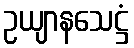
ဥယျာနသေဋ္ဌံ